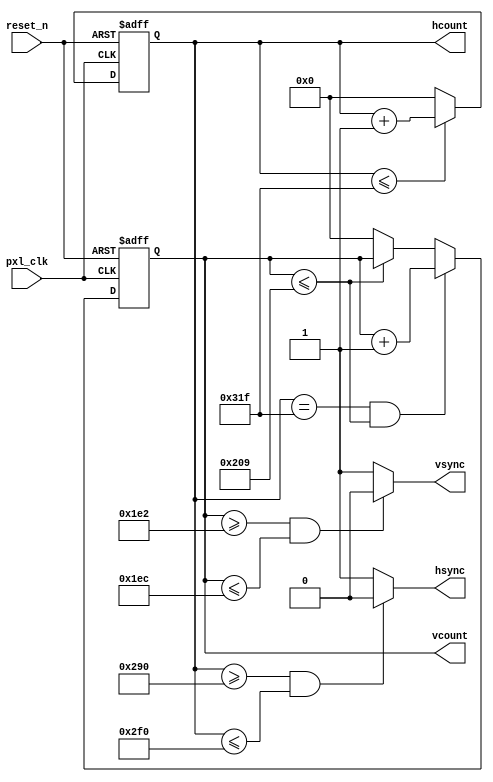
module vga( input pxl_clk,
            input reset_n,
            output reg [9:0] hcount,
            output reg [9:0] vcount,
            output reg vsync,
            output reg hsync );


    always @ (posedge pxl_clk or negedge reset_n)
    begin : hcounter
        if (!reset_n) hcount <= 0;
        
        else if (hcount <= 799) hcount <= hcount + 1'b1;
        
        else hcount <= 0;
    end
    
    always @ (posedge pxl_clk or negedge reset_n)
    begin : vcounter
        if (!reset_n) vcount <= 0;
        
        else if (hcount == 799 && vcount <= 521) vcount <= vcount + 1'b1;
        
        else if (vcount <= 521) vcount <= vcount;
        
        else vcount <= 0;
    end
/********************************   
 640 pixels video 
 16 pixels front porch 
 96 pixels horizontal sync 
 48 pixels back porch 
*********************************/
    always @ (hcount)
    begin : hsync_decoder
        if (hcount >= 656 && hcount <= 752) hsync <= 0;
        
        else hsync <= 1;
        
    end
    
/********************************   
 480 lines video 
 2 lines front porch 
 10 lines vertical sync 
 29 lines back porch 
*********************************/  
    always @ (vcount)
    begin : vsync_decoder
        if (vcount >= 482 && vcount <= 492) vsync <= 0;
        
        else vsync <= 1;
    end

endmodule